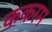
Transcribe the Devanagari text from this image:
ककरम